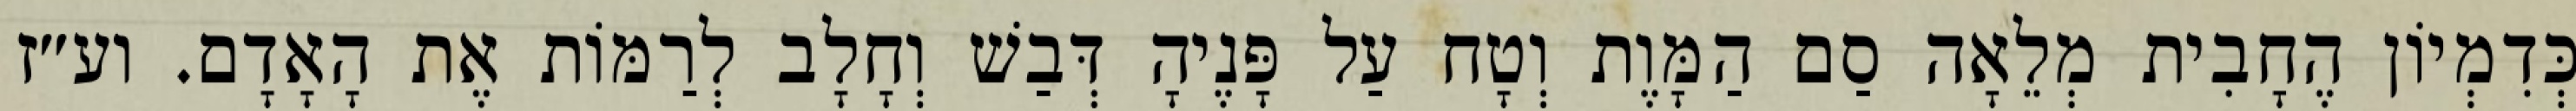
כְּדִמְיוֹן הֶחָבִית מְלֵאָה סַם הַמָּוֶת וְטָח עַל פָּנֶיהָ דְּבַשׁ וְחָלָב לְרַמּוֹת אֶת הָאָדָם. וע״ז